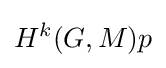
H^{k}(G,M){p}